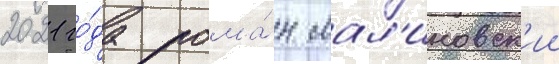
2021 го́да рома́н мал'иновск'ии